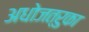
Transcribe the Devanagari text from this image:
अधोजत्रुका